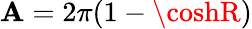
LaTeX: \mathbf{A}=2\pi(1-\coshR)